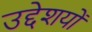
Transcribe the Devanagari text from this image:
उद्देशयों